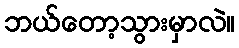
ဘယ်တော့သွားမှာလဲ။